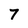
Character: 7